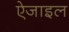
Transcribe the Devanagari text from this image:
ऐजाइल